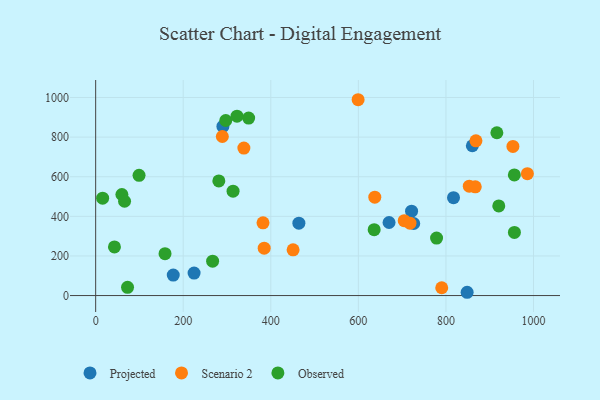
{"axis": {"x": "Price", "y": "Fuel Efficiency"}, "legend": ["Observed", "Projected", "Scenario 2"], "data": [{"x": "848.4", "y": 16.6, "type": "Projected"}, {"x": "721.5", "y": 426.0, "type": "Projected"}, {"x": "670.1", "y": 368.8, "type": "Projected"}, {"x": "464.1", "y": 365.3, "type": "Projected"}, {"x": "224.8", "y": 113.4, "type": "Projected"}, {"x": "817.3", "y": 494.4, "type": "Projected"}, {"x": "860.3", "y": 756.4, "type": "Projected"}, {"x": "290.6", "y": 854.0, "type": "Projected"}, {"x": "726.4", "y": 363.9, "type": "Projected"}, {"x": "177.2", "y": 103.2, "type": "Projected"}, {"x": "599.4", "y": 988.7, "type": "Scenario 2"}, {"x": "450.9", "y": 230.8, "type": "Scenario 2"}, {"x": "704.7", "y": 378.1, "type": "Scenario 2"}, {"x": "790.4", "y": 39.4, "type": "Scenario 2"}, {"x": "868.5", "y": 781.4, "type": "Scenario 2"}, {"x": "384.9", "y": 239.4, "type": "Scenario 2"}, {"x": "853.3", "y": 552.5, "type": "Scenario 2"}, {"x": "382.2", "y": 367.4, "type": "Scenario 2"}, {"x": "986.0", "y": 615.4, "type": "Scenario 2"}, {"x": "338.5", "y": 744.6, "type": "Scenario 2"}, {"x": "953.0", "y": 753.0, "type": "Scenario 2"}, {"x": "867.0", "y": 548.9, "type": "Scenario 2"}, {"x": "717.9", "y": 365.7, "type": "Scenario 2"}, {"x": "289.3", "y": 803.0, "type": "Scenario 2"}, {"x": "637.5", "y": 496.6, "type": "Scenario 2"}, {"x": "59.9", "y": 510.3, "type": "Observed"}, {"x": "778.6", "y": 290.1, "type": "Observed"}, {"x": "66.0", "y": 476.1, "type": "Observed"}, {"x": "349.4", "y": 896.2, "type": "Observed"}, {"x": "158.4", "y": 211.5, "type": "Observed"}, {"x": "956.2", "y": 609.2, "type": "Observed"}, {"x": "297.1", "y": 883.7, "type": "Observed"}, {"x": "916.3", "y": 822.0, "type": "Observed"}, {"x": "99.1", "y": 607.0, "type": "Observed"}, {"x": "956.4", "y": 318.9, "type": "Observed"}, {"x": "281.3", "y": 578.7, "type": "Observed"}, {"x": "72.8", "y": 41.6, "type": "Observed"}, {"x": "322.8", "y": 905.4, "type": "Observed"}, {"x": "920.7", "y": 452.3, "type": "Observed"}, {"x": "313.8", "y": 526.8, "type": "Observed"}, {"x": "42.9", "y": 245.6, "type": "Observed"}, {"x": "15.9", "y": 491.5, "type": "Observed"}, {"x": "636.1", "y": 332.8, "type": "Observed"}, {"x": "267.1", "y": 173.7, "type": "Observed"}]}